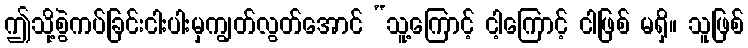
ဤသို့စွဲကပ်ခြင်းငါးပါးမှကျွတ်လွတ်အောင် “သူ့ကြောင့် ငါ့ကြောင့် ငါဖြစ် မရှိ။ သူဖြစ်